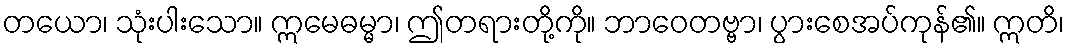
တယော၊ သုံးပါးသော။ ဣမေဓမ္မာ၊ ဤတရားတို့ကို။ ဘာဝေတဗ္ဗာ၊ ပွားစေအပ်ကုန်၏။ ဣတိ၊